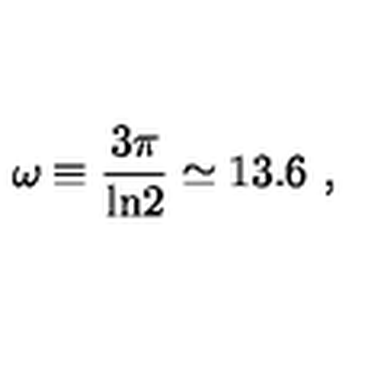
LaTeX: \omega \equiv { \frac { 3 \pi } { \mathrm { l n } 2 } } \simeq 1 3 . 6 \ ,